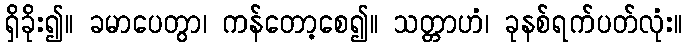
ရှိခိုး၍။ ခမာပေတွာ၊ ကန်တော့စေ၍။ သတ္တာဟံ၊ ခုနစ်ရက်ပတ်လုံး။